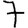
Digit: 7